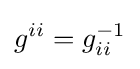
g^{ii}=g_{ii}^{-1}